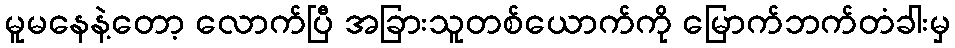
မူမနေနဲ့တော့ လောက်ပြီ အခြားသူတစ်ယောက်ကို မြောက်ဘက်တံခါးမှ